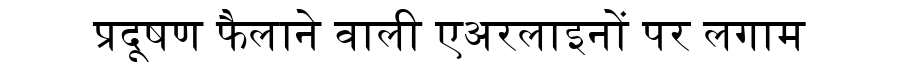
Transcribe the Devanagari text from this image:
प्रदूषण फैलाने वाली एअरलाइनों पर लगाम